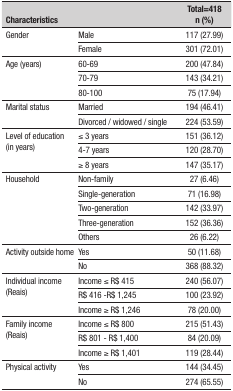
| <COLSPAN=2> Characteristics | Total=418 n (%) |
 | --- | --- | --- |
 | <ROWSPAN=2> Gender | Male | 117 (27.99) |
 | Female | 301 (72.01) |
 | <ROWSPAN=3> Age (years) | 60-69 | 200 (47.84) |
 | 70-79 | 143 (34.21) |
 | 80-100 | 75 (17.94) |
 | <ROWSPAN=2> Marital status | Married | 194 (46.41) |
 | Divorced / widowed / single | 224 (53.59) |
 | <ROWSPAN=3> Level of education (inyears) | ≤ 3 years | 151 (36.12) |
 | 4-7 years | 120 (28.70) |
 | ≥ 8 years | 147 (35.17) |
 | <ROWSPAN=5> Household | Non-family | 27 (6.46) |
 | Single-generation | 71 (16.98) |
 | Two-generation | 142 (33.97) |
 | Three-generation | 152 (36.36) |
 | Others | 26 (6.22) |
 | <ROWSPAN=2> Activity outside home | Yes | 50 (11.68) |
 | No | 368 (88.32) |
 | <ROWSPAN=3> Individual income (Reais) | Income ≤ R$ 415 | 240 (56.07) |
 | R$ 416 -R$ 1,245 | 100 (23.92) |
 | Income ≥ R$ 1,246 | 78 (20.00) |
 | <ROWSPAN=3> Family income (Reais) | Income ≤ R$ 800 | 215 (51.43) |
 | R$ 801 - R$ 1,400 | 84 (20.09) |
 | Income ≥ R$ 1,401 | 119 (28.44) |
 | <ROWSPAN=2> Physical activity | Yes | 144 (34.45) |
 | No | 274 (65.55 |